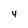
Character: 4